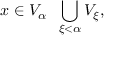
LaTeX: x \in V _ { \alpha } \setminus \bigcup _ { \xi < \alpha } V _ { \xi } ,